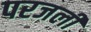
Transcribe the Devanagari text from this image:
परजली